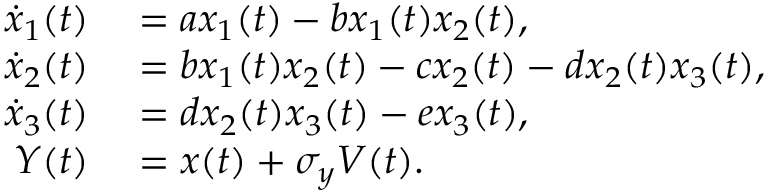
\begin{array} { r l } { \dot { x } _ { 1 } ( t ) } & { { } = a x _ { 1 } ( t ) - b x _ { 1 } ( t ) x _ { 2 } ( t ) , } \\ { \dot { x } _ { 2 } ( t ) } & { { } = b x _ { 1 } ( t ) x _ { 2 } ( t ) - c x _ { 2 } ( t ) - d x _ { 2 } ( t ) x _ { 3 } ( t ) , } \\ { \dot { x } _ { 3 } ( t ) } & { { } = d x _ { 2 } ( t ) x _ { 3 } ( t ) - e x _ { 3 } ( t ) , } \\ { Y ( t ) } & { { } = x ( t ) + \sigma _ { y } V ( t ) . } \end{array}